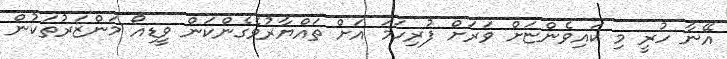
އޭނާ ހުރީ މި ކައިވެންޏަށް ވަރަށް ފުރިހަމަ އަށް ތައްޔާރުވެގެންކަން ވީޑިއޯ މަންޒަރުތަކުން